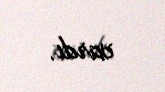
vardı.